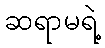
ဆရာမရဲ့